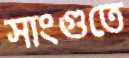
সাংগুতে